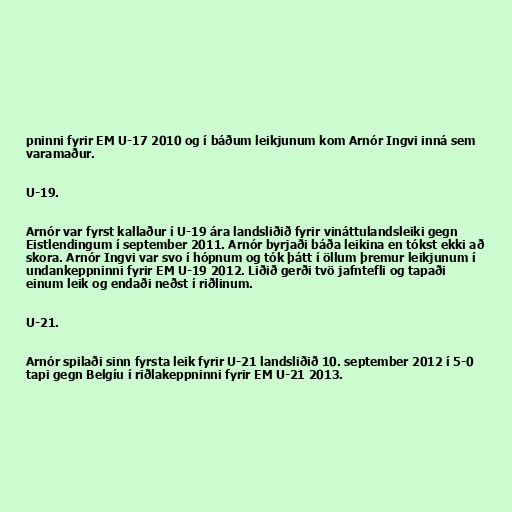
pninni fyrir EM U-17 2010 og í báðum leikjunum kom Arnór Ingvi inná sem
varamaður.

U-19.

Arnór var fyrst kallaður í U-19 ára landsliðið fyrir vináttulandsleiki gegn
Eistlendingum í september 2011. Arnór byrjaði báða leikina en tókst ekki að
skora. Arnór Ingvi var svo í hópnum og tók þátt í öllum þremur leikjunum í
undankeppninni fyrir EM U-19 2012. Liðið gerði tvö jafntefli og tapaði
einum leik og endaði neðst í riðlinum.

U-21.

Arnór spilaði sinn fyrsta leik fyrir U-21 landsliðið 10. september 2012 í 5-0
tapi gegn Belgíu í riðlakeppninni fyrir EM U-21 2013.